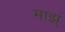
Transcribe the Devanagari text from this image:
माझ्ं